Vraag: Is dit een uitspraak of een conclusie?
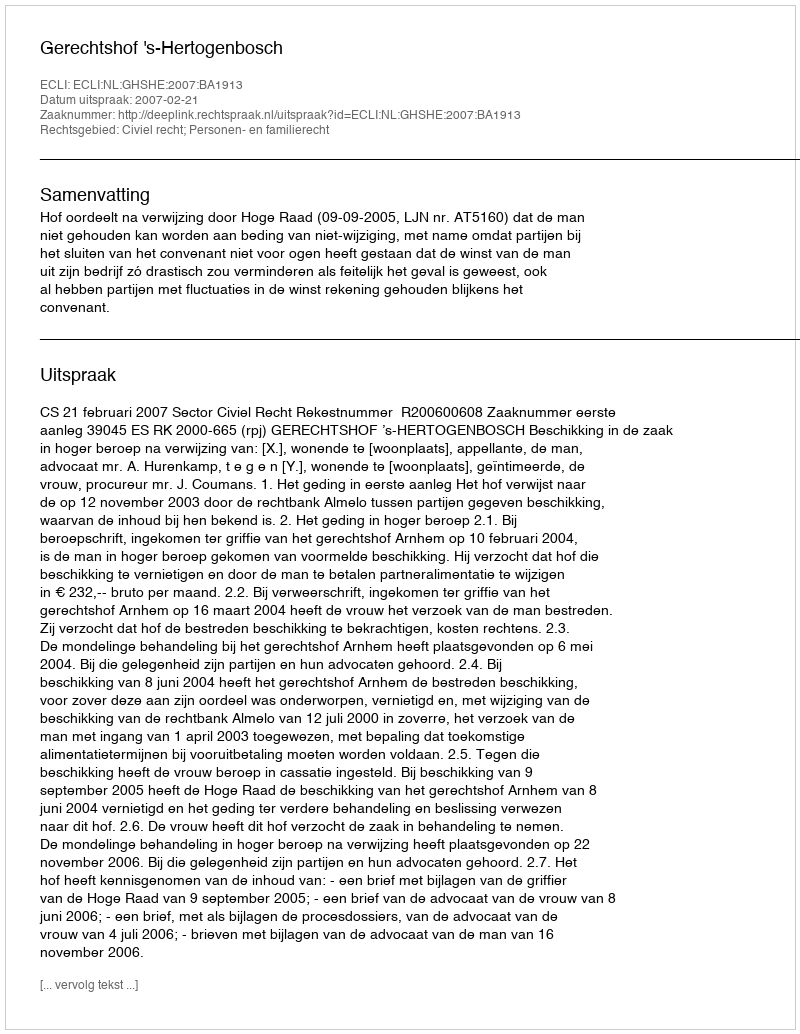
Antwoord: Uitspraak